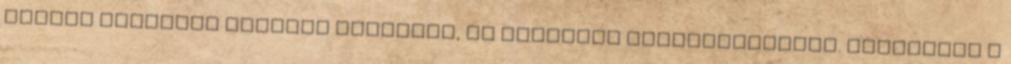
teljes egésznek érezzük magunkat, és aszerint funkcionáljunk. Különösen a